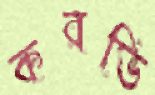
করভি